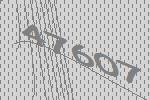
47607